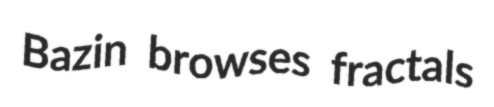
Bazin browses fractals